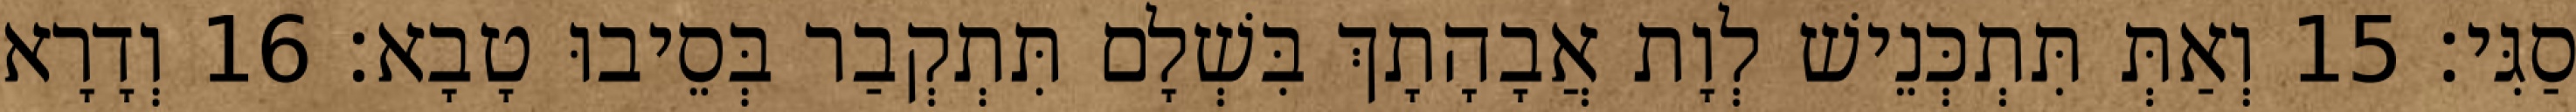
סַגִּי׃ 15 וְאַתְּ תִּתְכְּנֵישׁ לְוָת אֲבָהָתָךְ בִּשְׁלָם תִּתְקְבַר בְּסֵיבוּ טָבָא׃ 16 וְדָרָא